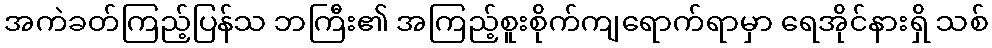
အကဲခတ်ကြည့်ပြန်သ ဘကြီး၏ အကြည့်စူးစိုက်ကျရောက်ရာမှာ ရေအိုင်နားရှိ သစ်